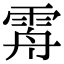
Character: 𩂤